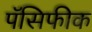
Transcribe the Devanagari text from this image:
पॅसिफीक